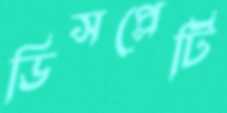
ডিসপ্লেটি